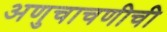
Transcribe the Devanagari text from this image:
अणुचाचणीची